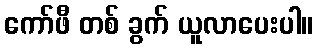
ကော်ဖီ တစ် ခွက် ယူလာပေးပါ။